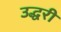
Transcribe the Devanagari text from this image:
उद्धरी